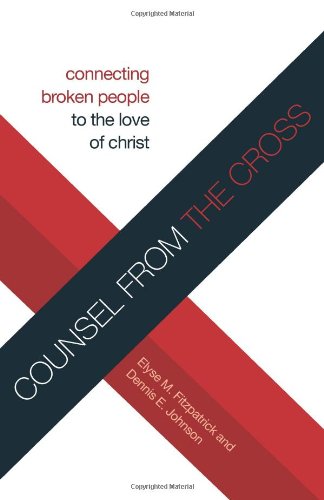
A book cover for Counsel from the Cross (Redesign): Connecting Broken People to the Love of Christ; Elyse M. Fitzpatrick; Christian Books & Bibles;